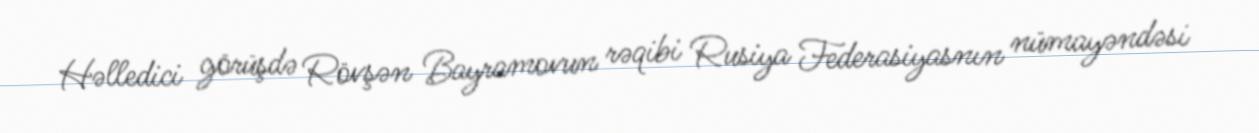
Həlledici görüşdə Rövşən Bayramovun rəqibi Rusiya Federasiyasnın nümayəndəsi